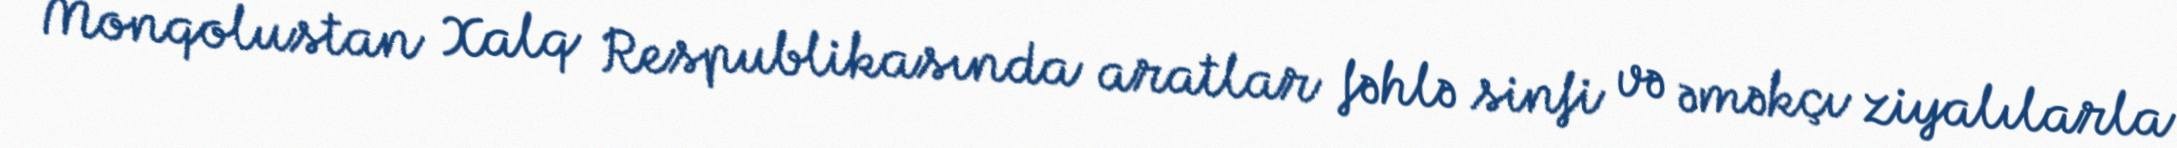
Monqolustan Xalq Respublikasında aratlar fəhlə sinfi və əməkçı ziyalılarla